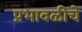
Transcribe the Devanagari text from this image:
प्रभावळीचे